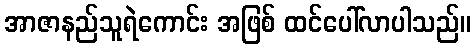
အာဇာနည်သူရဲကောင်း အဖြစ် ထင်ပေါ်လာပါသည်။